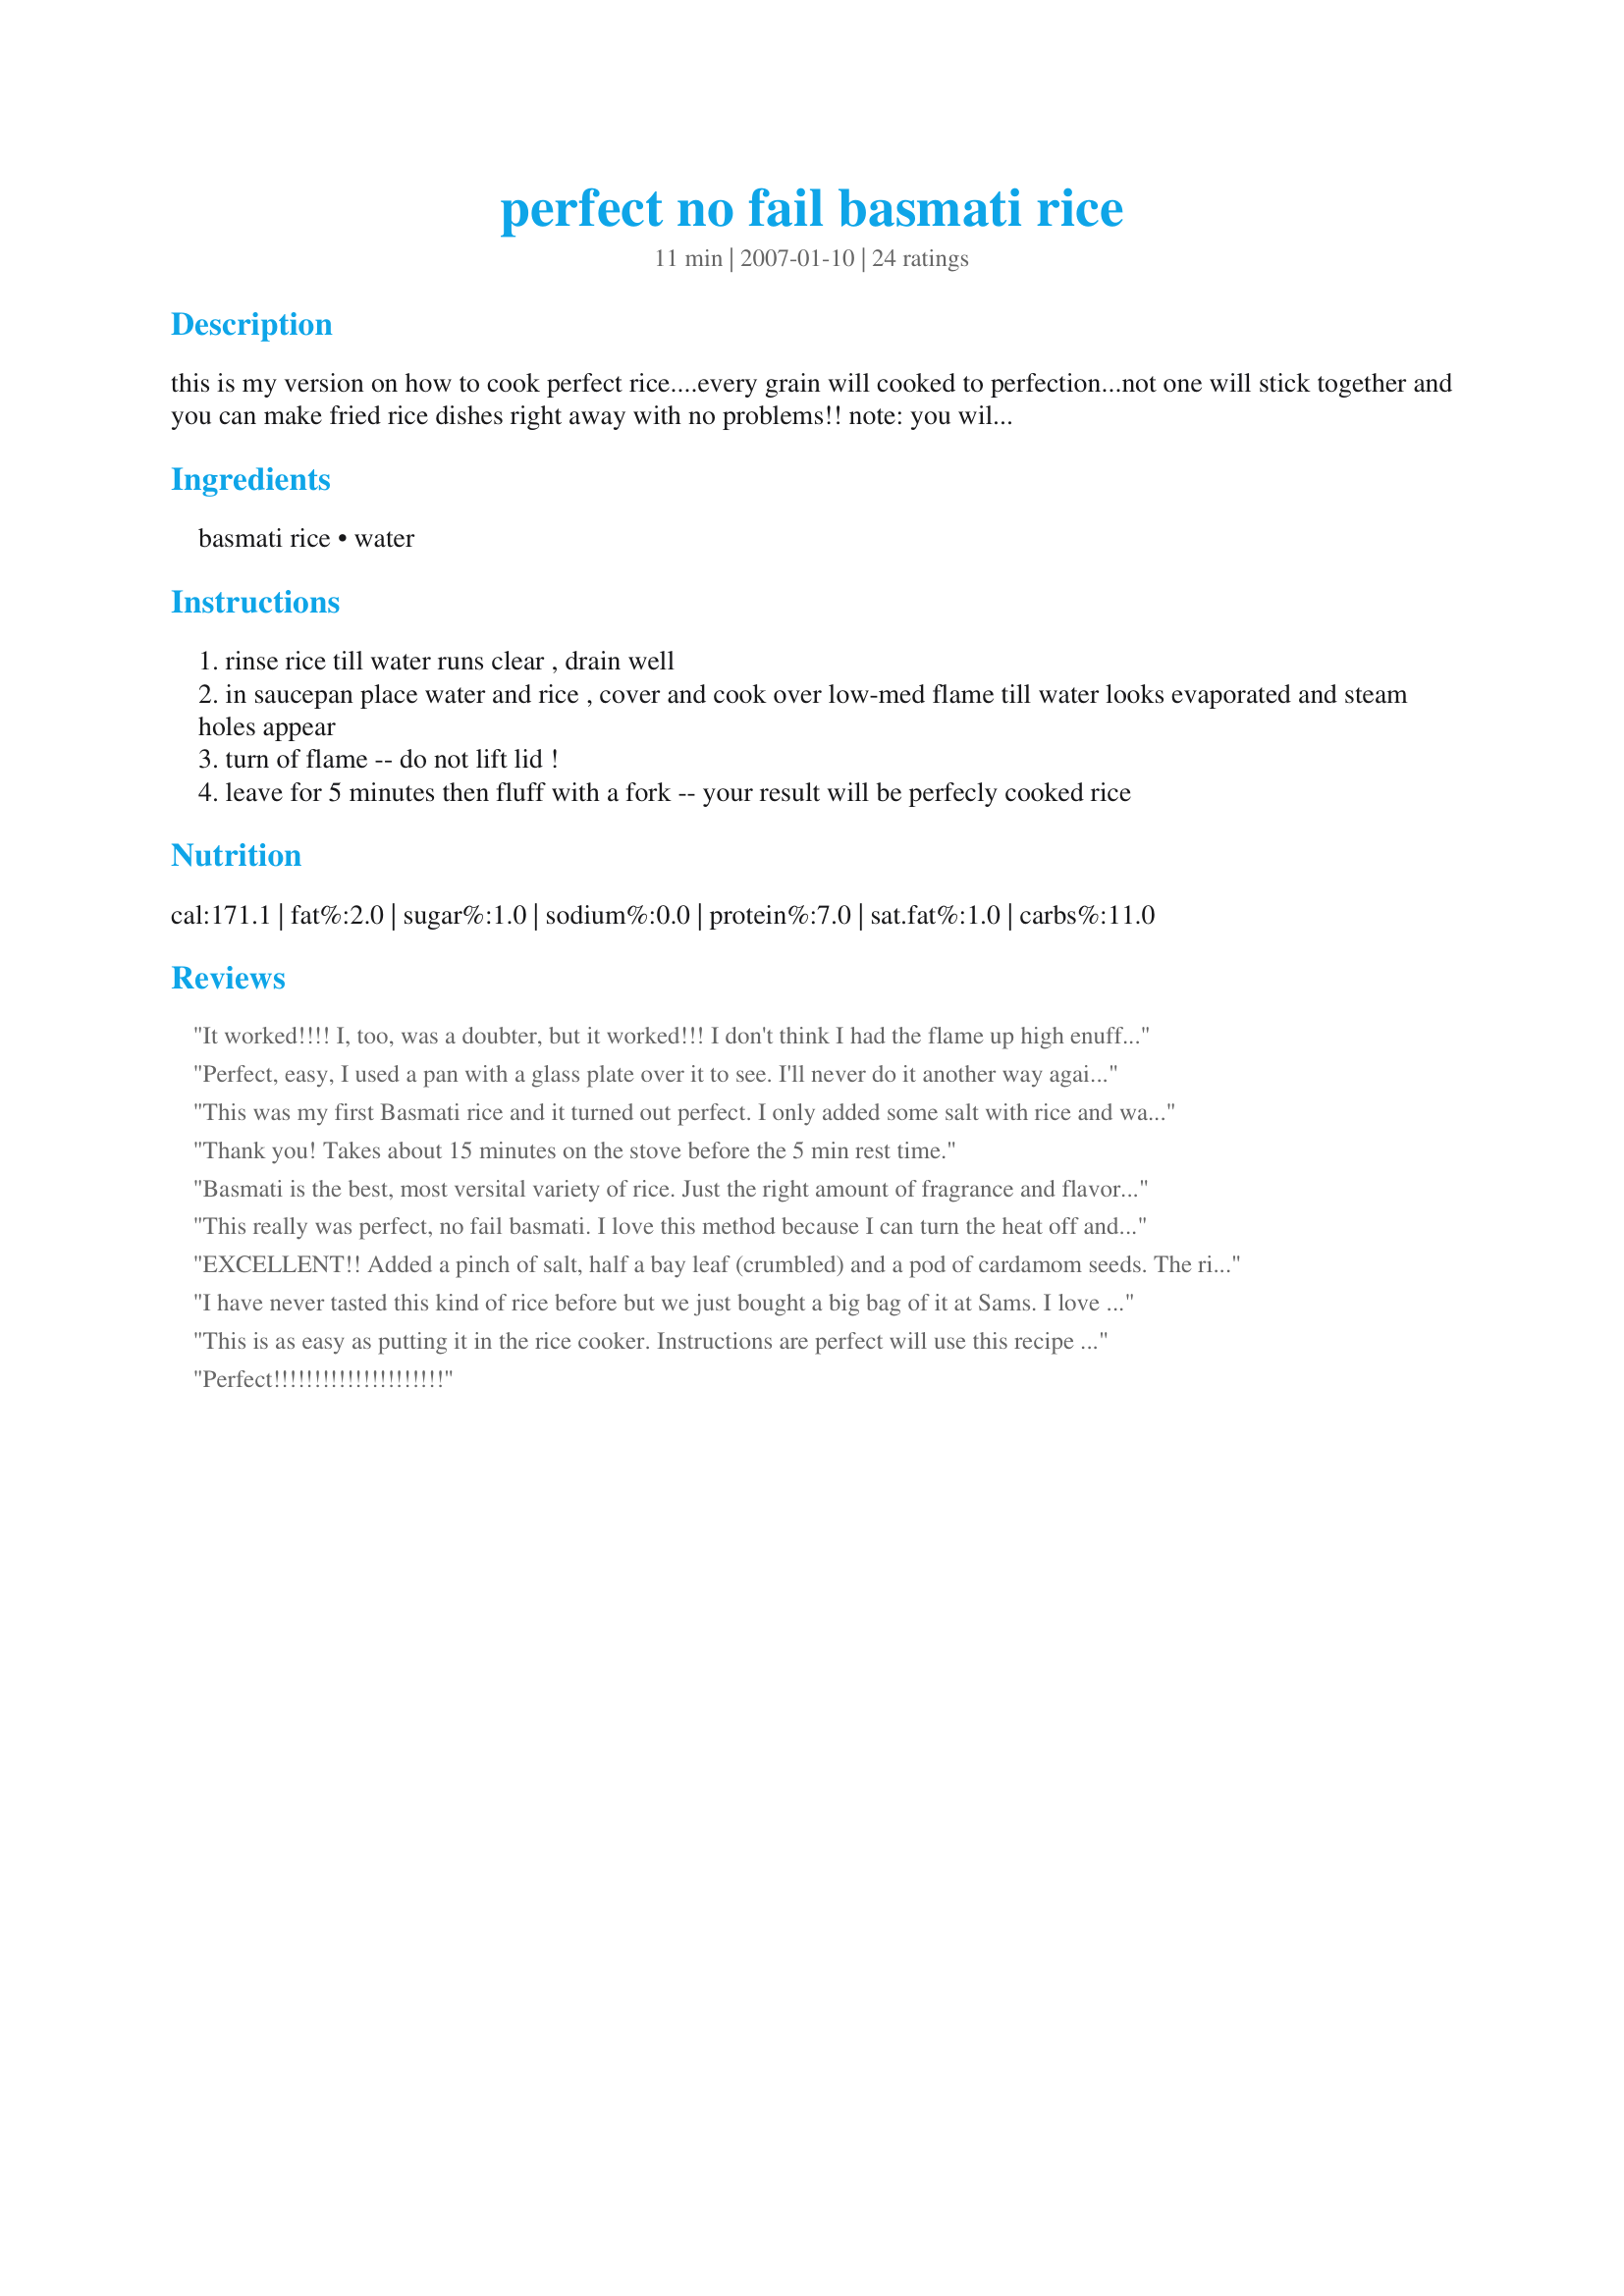
perfect no fail basmati rice
Preparation time: 11 minutes

this is my version on how to cook perfect rice....every grain will cooked to perfection...not one will stick together and you can make fried rice dishes right away with no problems!!
note: you will need a saucepan with clear glass lid...as there is to be no peeking!
can easily be doubled....cooking time a guesstimate.

Ingredients:
basmati rice, water

Steps:
rinse rice till water runs clear , drain well
in saucepan place water and rice , cover and cook over low-med flame till water looks evaporated and steam holes appear
turn of flame -- do not lift lid !
leave for 5 minutes then fluff with a fork -- your result will be perfecly cooked rice

Reviews:
It worked!!!! I, too, was a doubter, but it worked!!! I don't think I had the flame up high enuff at first, cuz it took a while. But once I adjusted it worked great. I was so nervous taking off the lid, but it was great! Thanks!!!!
Perfect, easy, I used a pan with a glass plate over it to see. I'll never do it another way again, just as good as a rice cooker, no space to take up in the kitchen.
This was my first Basmati rice and it turned out perfect. I only added some salt with rice and water and that's all. Thank you!
Thank you! Takes about 15 minutes on the stove before the 5 min rest time.
Basmati is the best, most versital variety of rice. Just the right amount of fragrance and flavor, but not overpowering as I've found Jasmine rice to be for most dishes. White and brown rice are just too bland and boring unless cooked in broth. I've never been able to make any kind of rice just right, until following this recipe. Rinsing (and rinsing some more) is the key! I followed exactly, and made the best rice ever. Served with teriyaki chicken and fresh-steamed veggies. So perfect, thank you!
This really was perfect, no fail basmati. I love this method because I can turn the heat off and let the rice continue to steam dry while I focus on the entree portion of the meal. Thank you so much for posting this! I will always cook my rice this way from now on.
EXCELLENT!! Added a pinch of salt, half a bay leaf (crumbled) and a pod of cardamom seeds. The rice came out perfect. I will only use this technique from now on.
I have never tasted this kind of rice before but we just bought a big bag of it at Sams. I love my rice to be more on the dry side and this recipe turned out perfect. I worried that I would burn the bottom also, like another posted, because I couldn't see through the condensation on the glass lid. I could smell it though, after about 15 or 20 minutes of cooking and took it off the burner. This is a keeper. Thanks for sharing!
This is as easy as putting it in the rice cooker. Instructions are perfect will use this recipe often. Thank you Stardustannie
Perfect!!!!!!!!!!!!!!!!!!!!!
This was perfect! The first time I messed it up because I started with the water boiling and had to add a lot more water. =( This time I put my rice and water in, set it to med-low, put a lid on it (with a vent, didn't hurt it) and just kept an eye on it until the water was evaporated. So good and sooo easy! Thanks so much!
Abolutely tremendous! The best Basmati I've ever tasted! I had to sign up just so I could leave a comment! Cheers.
My go to recipe for rice now. Easy, quick, and yummy.
TY TY TY.... it really works. I was beginning to really think I just couldn't get rice right even after all these years. My kitchen is much too small for yet another counter top appliance, so rice cooker is just not a priority. You've saved me.
I was always 'told' that you have to have at least twice the amount of liquid as rice. Well, I'd be lying if I said I wasn't more than a little nervous about trying this recipe. But...fear not fellow Doubting Thomases. This makes the most absolutely perfect rice. It took about 15 minutes or so to cook before the 5 minute 'rest' time. I wonder if this will work on other types of rice. Guess I'll find out eh. :) Thanks Stardustannie. Made for the Auzzie/NZ Recipe Swap #34
I used brown basmati rice and don't have a pot that has a clear lid so I did have to peek a few times to see if the water was evaporated. It took about 10 minutes, but next time I'll time it. Turned out perfect anyways. Salt and butter would be good in the water.
Worked perfectly! I thought it didn't sound like enough water, as I use a 2:1 ratio in my rice cooker, but this method made nice, separated grains.
We were given a giant bag of basmati rice so i had to cook it but, I admit to being very nervous about this! It was just as easy as everyone has said! The rice came out perfect! This is most definitely a keeper. Next time I will try cooking with chicken broth instead of water! 
Thanks Stardust!
THANK YOU!! This is perfect. I will never have to search for another way to make basmati rice. So quick, easy and the texture is perfect!
Moi of little faith was a little too overcautious and probably took this off the flame a fraction too early as I was scared that it was going to boil the pan totally dry. I needn't have worried, even though mine was not quite 100% perfect, it was still really good. We have a rice cooker for 12 years which we usually use but the specific measuring cup that goes with it recently got lost and somehow all my guesstimates to improvise the measurements without it has resulted in horrible rice of late so I was keen to give this recipe a try. please see my rating system: a wonderful recipe for cooking rice thatI *will* wait for proper steam holes for next time.! Thanks!
Best I have ever made. I put a few TBSP of oil with chopped onion and garlic in the pot first. I then fry the rice for a few minutes add chicken stock and VOILA!! PERFECT!
This was so easy and you are right, the grains didn't stick together! We all loved this rice. I put a little butter, salt and pepper in it after fluffing. Great side dish and I will be making this again for sure. Thanks for posting, Stardustannie. :-)
Worked perfectly! I love the smell of Basmati rice. I have a feeling I'll be making this quite frequently.
Excellent!! No fail recipe!!! Thank you...you are absolutely right...not one piece sticks together...perfect ;)
